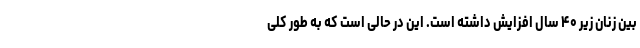
بین زنان زیر ۴۰ سال افزایش داشته است. این در حالی است که به طور کلی